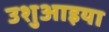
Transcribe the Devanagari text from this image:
उशुआइया